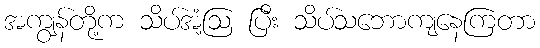
အကျွန်တို့က သိပ်အံ့ဩ ပြီး သိပ်သဘောကျနေကြတာ